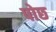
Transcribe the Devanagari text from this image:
पोछ